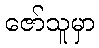
ဇော်သူမှာ